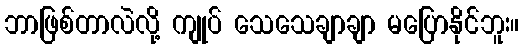
ဘာဖြစ်တာလဲလို့ ကျုပ် သေသေချာချာ မပြောနိုင်ဘူး။